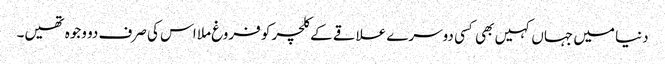
دنیا میں جہاں کہیں بھی کسی دوسرے علاقے کے کلچر کو فروغ ملا اس کی صرف دو وجوہ تھیں۔